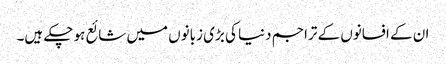
ان کے افسانوں کے تراجم دنیا کی بڑی زبانوں میں شائع ہو چکے ہیں۔